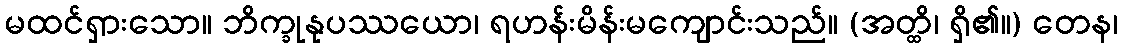
မထင်ရှားသော။ ဘိက္ခုနုပဿယော၊ ရဟန်းမိန်းမကျောင်းသည်။ (အတ္ထိ၊ ရှိ၏။) တေန၊